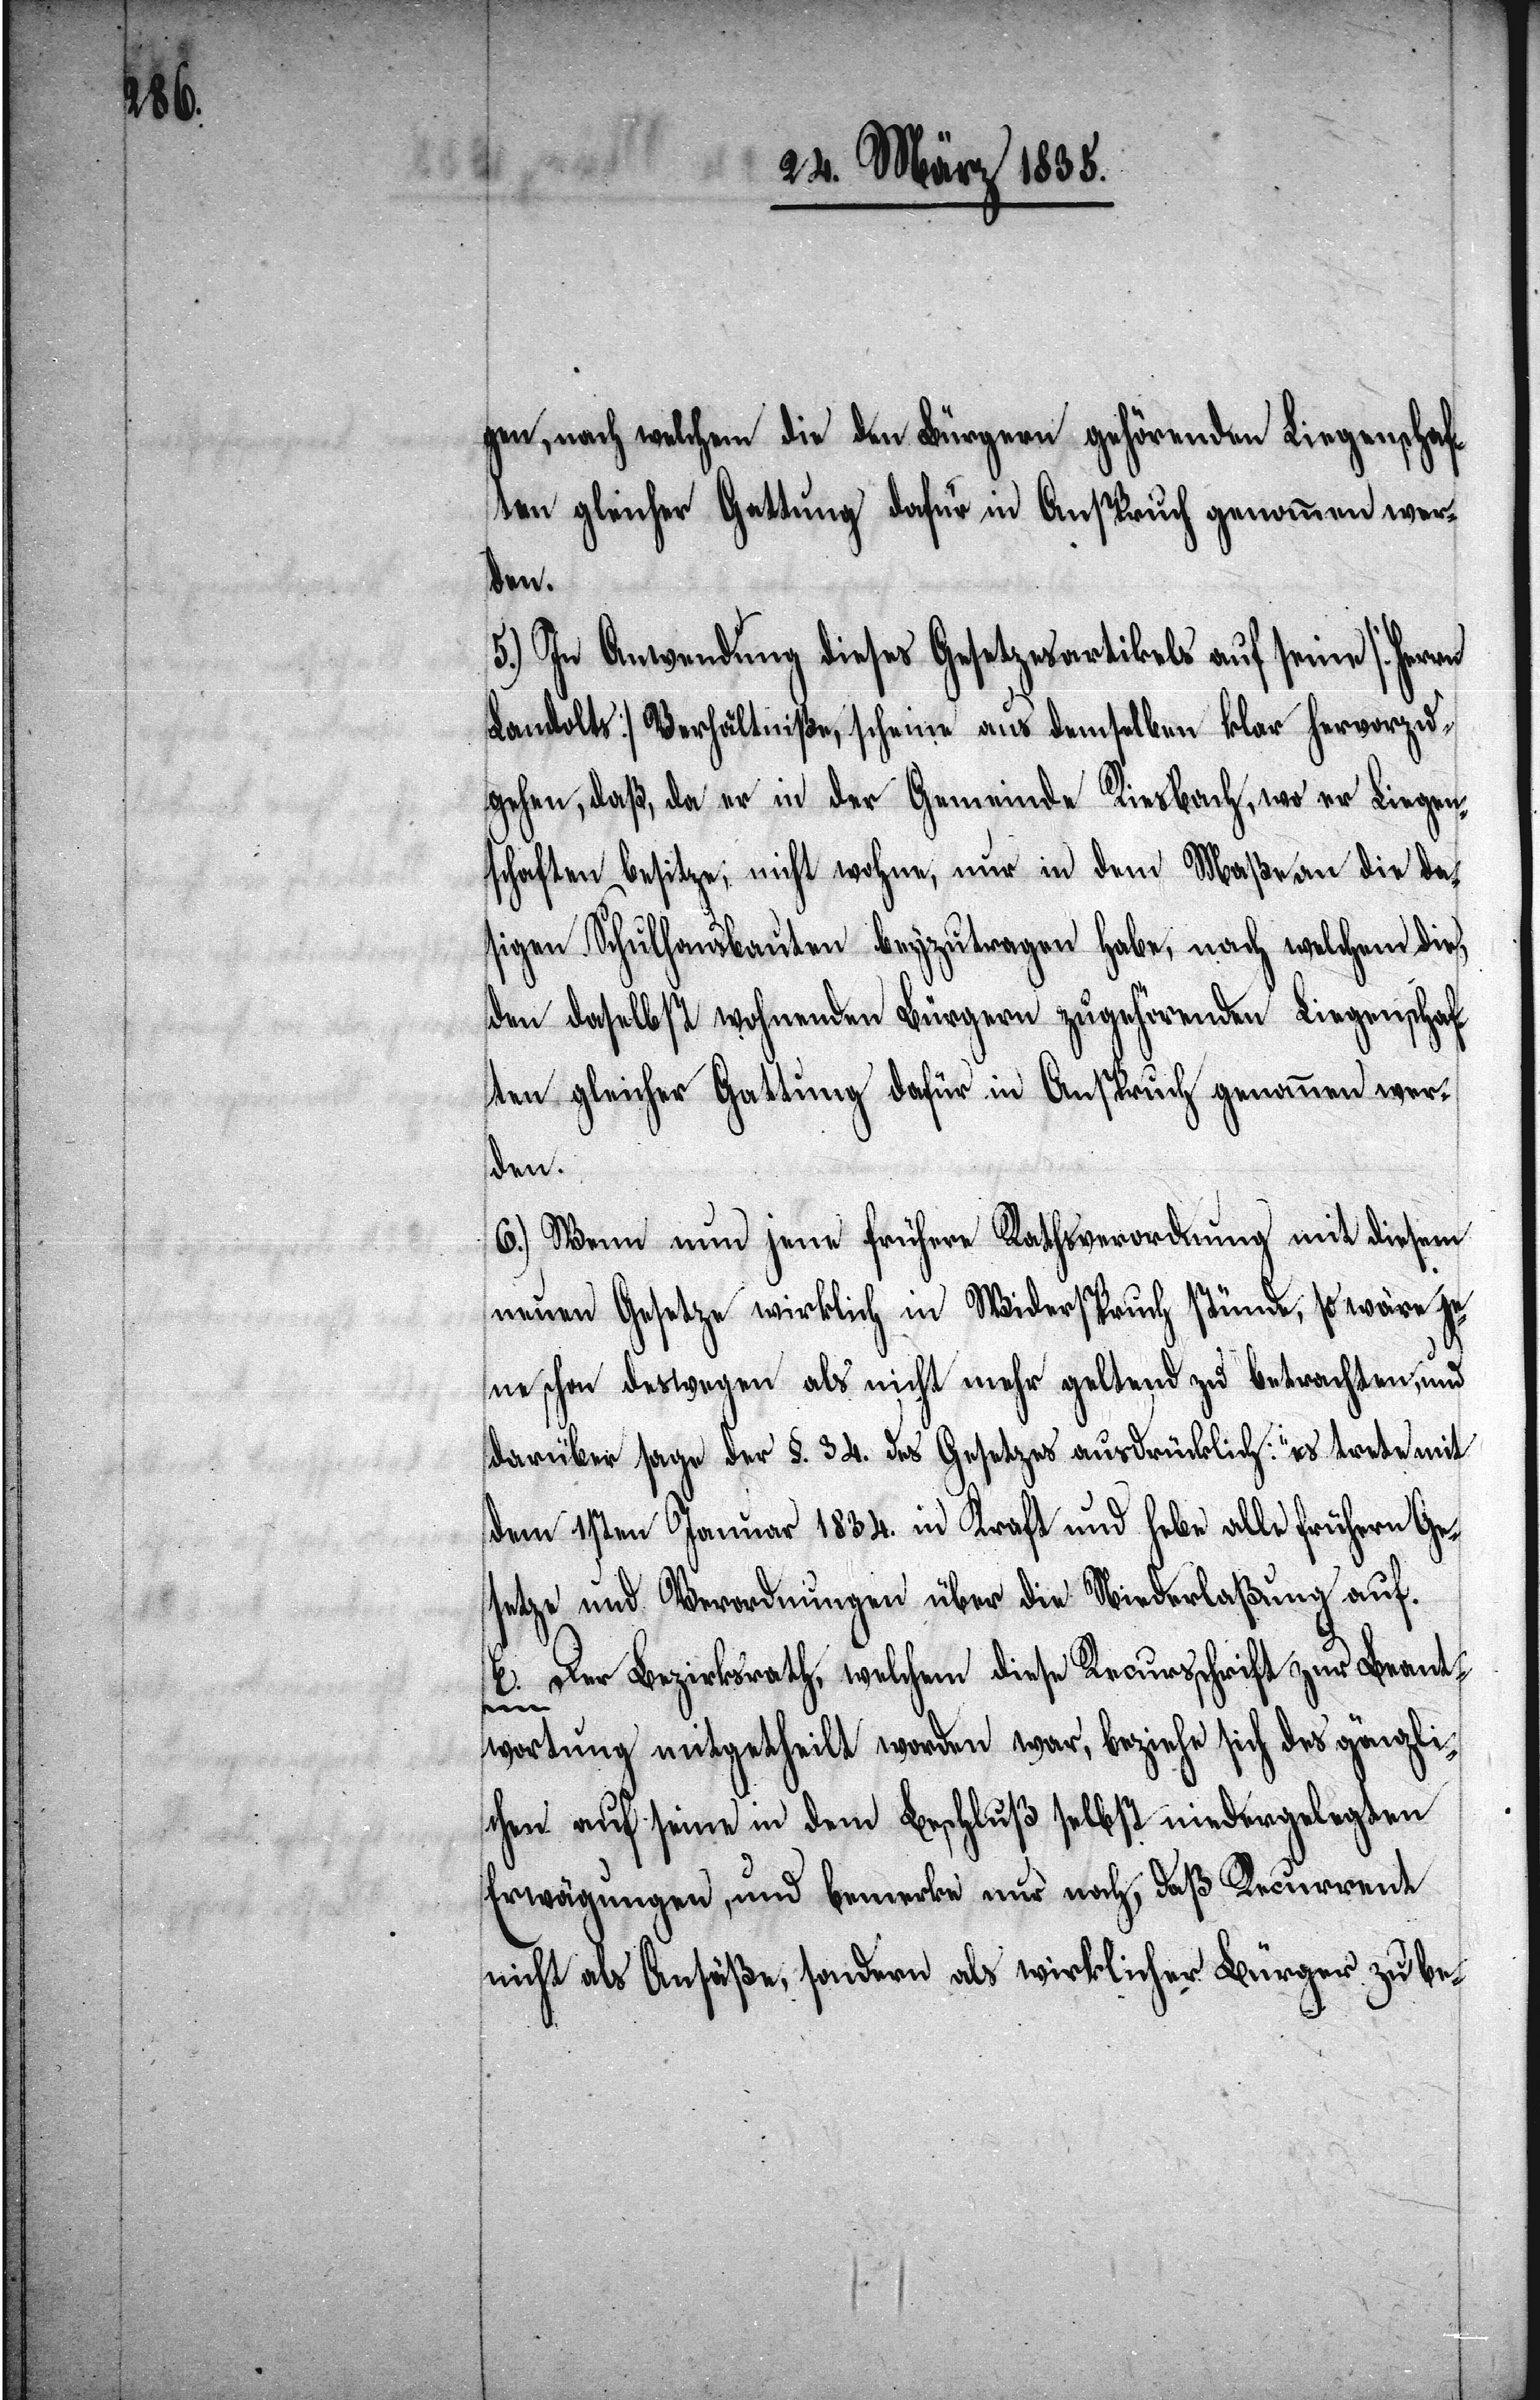
gen, nach welchem die den Bürgern gehörenden Liegenschaf¬
den.
5.) In Anwendung dieses Gesetzesartikels auf seine [Herrn
Landolts] Verhältniße, scheine aus demselben klar hervorzu¬
gehen, daß, da er in der Gemeinde Riesbach, wo er Liegen¬
schaften besitze, nicht wohne, nur in dem Maße an die da¬
sigen Schulhausbauten beyzutragen habe, nach welchem die,
den daselbst wohnenden Bürgern zugehörenden Liegenschaf¬
ten gleicher Gattung dafür in Anspruch genommen wer¬
den.
6.) Wenn nun jene frühere Rathsverordnung mit diesem
neuen Gesetze wirklich in Widerspruch stünde, so wäre j¬
ene schon deswegen als nicht mehr geltend zu betrachten, und
darüber sage der §. 34. des Gesetzes ausdrücklich: „es trete mit
dem 1sten Januar 1834. in Kraft und hebe alle frühern Ge¬
setze und Verordnungen über die Niederlaßung au¬
E. Der Bezirksrath, welchem diese Recursschrift zur Beant¬
f.[“]
wortung mitgetheilt worden war, beziehe sich des gänzli¬
chen auf seine in dem Beschluß selbst niedergelegten
Erwägungen, und bemerke nur noch, daß Recurrent
nicht als Ansäße, sondern als wirklicher Bürger zu be-